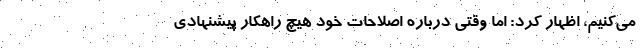
می‌کنیم، اظهار کرد: اما وقتی درباره اصلاحات خود هیچ راهکار پیشنهادی